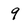
Character: 9